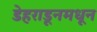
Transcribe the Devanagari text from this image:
डेहराडूनमधून